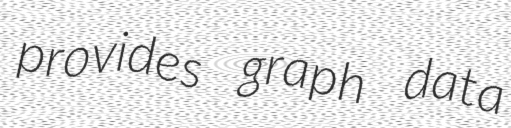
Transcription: provides graph data